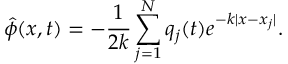
\hat { \phi } ( x , t ) = - \frac { 1 } { 2 k } \sum _ { j = 1 } ^ { N } q _ { j } ( t ) e ^ { - k | x - x _ { j } | } .